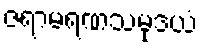
ဇရာမရဏသမုဒယံ